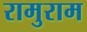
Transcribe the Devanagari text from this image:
रामुराम